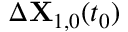
\Delta \mathbf { X } _ { 1 , 0 } ( t _ { 0 } )